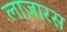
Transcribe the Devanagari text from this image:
लाज़ारस